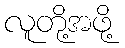
လူတို့အဖို့